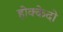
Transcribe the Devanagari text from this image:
होक्केदो